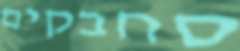
סחבקים